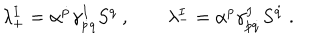
LaTeX: \lambda _ { + } ^ { I } = \alpha ^ { \dot { p } } \gamma _ { \dot { p } q } ^ { I } S ^ { q } \ , \qquad \lambda _ { - } ^ { I } = \alpha ^ { p } \gamma _ { p \dot { q } } ^ { I } S ^ { \dot { q } } \ .